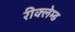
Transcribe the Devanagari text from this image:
रीक्लेम्ड